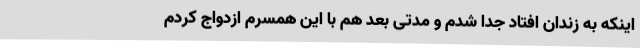
اینکه به زندان افتاد جدا شدم و مدتی بعد هم با این همسرم ازدواج کردم